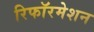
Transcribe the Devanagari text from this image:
रिफॉरमेशन